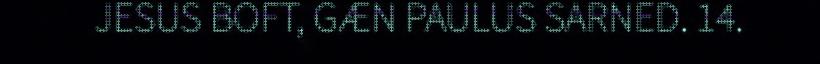
JESUS BOFT, GÆN PAULUS SARNED. 14.